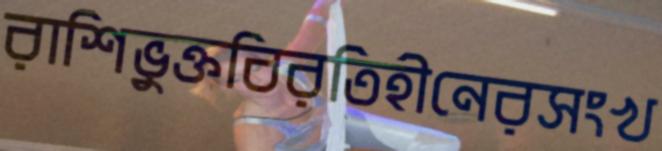
রাশিভুক্তবিরতিহীনেরসংখ